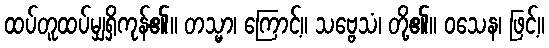
ထပ်တူထပ်မျှရှိကုန်၏။ တသ္မာ၊ ကြောင့်။ သဗ္ဗေသံ၊ တို့၏။ ဝသေန၊ ဖြင့်။